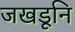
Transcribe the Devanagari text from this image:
जखडूनि